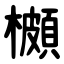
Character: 櫇